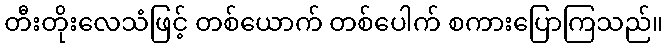
တီးတိုးလေသံဖြင့် တစ်ယောက် တစ်ပေါက် စကားပြောကြသည်။